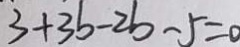
3 + 3 b - 2 b - 5 = 0